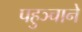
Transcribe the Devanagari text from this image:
पहुञ्चाने